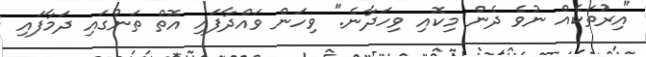
"އިރުތަކެއް ނުވެ ދެން މިކޮއި ވިހަދާނެ." ވިހަން ވައްދާފައި އޮތް ތަނުގައި ދަމާފައި